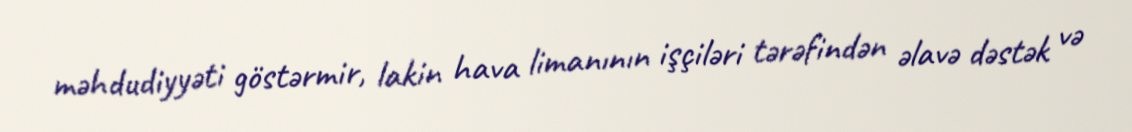
məhdudiyyəti göstərmir, lakin hava limanının işçiləri tərəfindən əlavə dəstək və